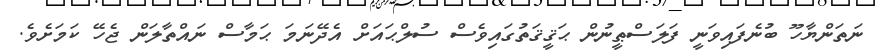
ނަތަންޔާހޫ ބުނެފައިވަނީ ފަލަސްޠީނުން ޙަޤީޤަތުގައިވެސް ސުލްޙައަށް އެދޭނަމަ ޙަމާސް ނައްތާލަން ޖެހޭ ކަމަށެވެ.